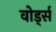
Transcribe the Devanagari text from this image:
वोर्ड्स